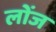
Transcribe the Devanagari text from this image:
लोंज